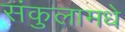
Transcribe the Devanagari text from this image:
संकुलामधे